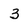
Character: 3